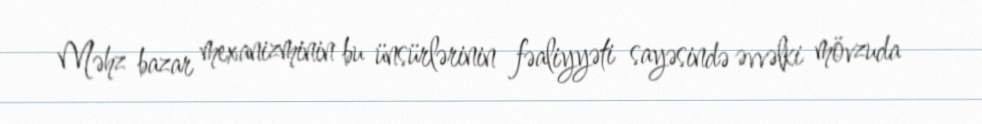
Məhz bazar mexanizminin bu ünsürlərinin fəaliyyəti sayəsində əvvəlki mövzuda